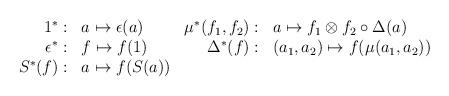
LaTeX: \begin{align*}\begin{array}{rlrl}1^* :& a\mapsto \epsilon(a)&\mu^*(f_1,f_2):& a \mapsto f_1\otimes f_2\circ\Delta(a) \\\epsilon^*:& f \mapsto f(1)& \Delta^*(f):& (a_1,a_2) \mapsto f(\mu(a_1,a_2))\\S^*(f):& a \mapsto f(S(a))&~&~\end{array}\end{align*}